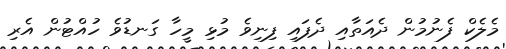
މެލެކް ފެނުމުން ދެއަތާއި ދެފައި ފިނިވެ މުޅި މީހާ ގަނޑުވެ ހުއްޓުން އެރި